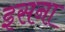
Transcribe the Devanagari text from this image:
इसना